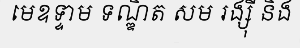
មេឧទ្ទាម ទណ្ឌិត សម រង្ស៊ី និង